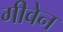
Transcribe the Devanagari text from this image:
गीवेन